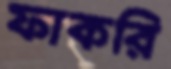
ফাকরি